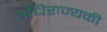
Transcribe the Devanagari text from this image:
अधिराज्यकी